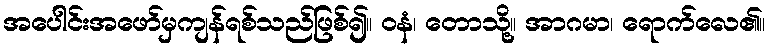
အပေါင်းအဖော်မှကျန်ရစ်သည်ဖြစ်၍။ ဝနံ၊ တောသို့။ အာဂမာ၊ ရောက်လေ၏။